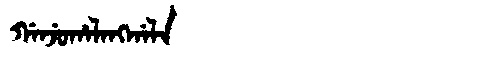
Manchu: ᡤᠠᠨᠵᡠᡥᠠᠯᠠᠩᡤᠠᠯᠠ
Romanization: GANJUHALANGGALA